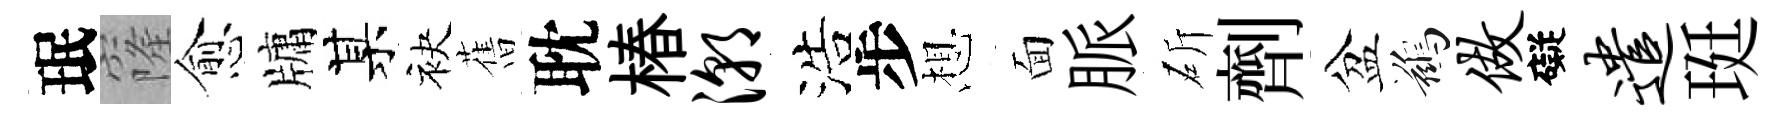
珉窿愈牗某袂𦾔耽椿潮浩步想面脈斫劑盆鷀做礙遣珽